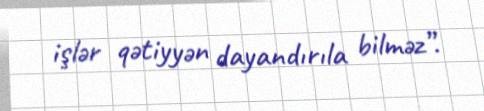
işlər qətiyyən dayandırıla bilməz”.